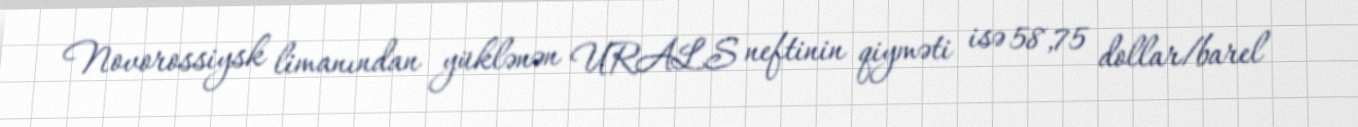
Novorossiysk limanından yüklənən URALS neftinin qiyməti isə 58,75 dollar/barel